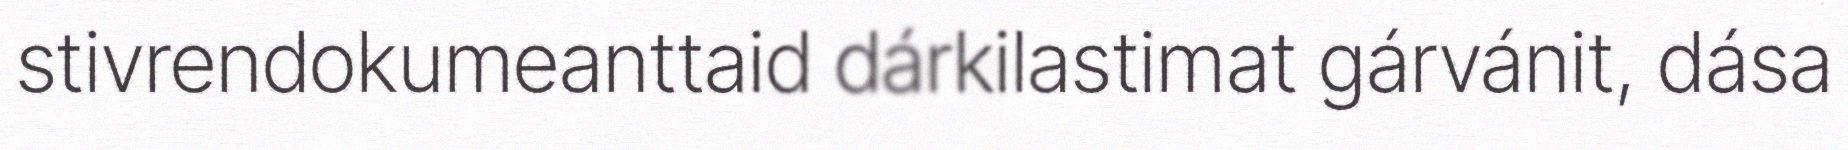
stivrendokumeanttaid dárkilastimat gárvánit, dása